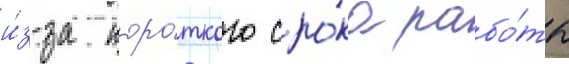
и́з-за коро́ткого сро́ка рабо́ты